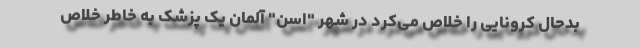
بدحال کرونایی را خلاص می‌کرد در شهر "اسن" آلمان یک پزشک به خاطر خلاص